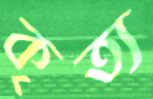
কৃত্য